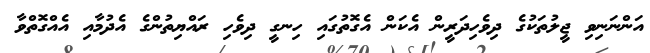
އަންނަނިވި ޖީލުތަކުގެ ދިވެހިދަރީން އެކަން އެގޮތުގައި ހިނގީ ދިވެހި ރައްޔިތުންގެ އެދުމާއި އެއްގޮތްވާ